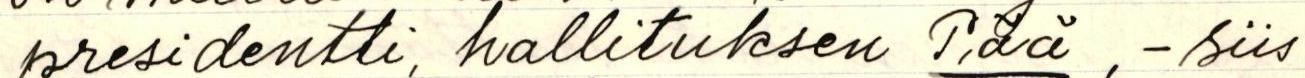
presidentti, hallituksen Pää, -siis